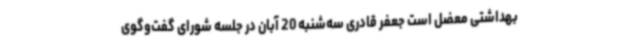
بهداشتی معضل است جعفر قادری سه‌شنبه 20 آبان در جلسه شورای گفت‌وگوی